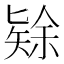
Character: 𱑅